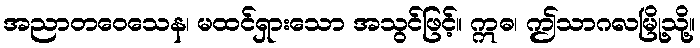
အညာတဝေသေန၊ မထင်ရှားသော အသွင်ဖြင့်။ ဣဓ၊ ဤသာဂလမြို့သို့။